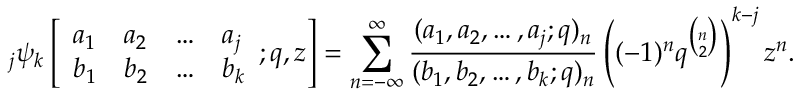
\; _ { j } \psi _ { k } \left[ { \begin{array} { l l l l } { a _ { 1 } } & { a _ { 2 } } & { \ldots } & { a _ { j } } \\ { b _ { 1 } } & { b _ { 2 } } & { \ldots } & { b _ { k } } \end{array} } ; q , z \right] = \sum _ { n = - \infty } ^ { \infty } { \frac { ( a _ { 1 } , a _ { 2 } , \ldots , a _ { j } ; q ) _ { n } } { ( b _ { 1 } , b _ { 2 } , \ldots , b _ { k } ; q ) _ { n } } } \left( ( - 1 ) ^ { n } q ^ { \binom { n } { 2 } } \right) ^ { k - j } z ^ { n } .